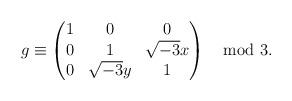
LaTeX: \begin{align*}g \equiv \begin{pmatrix}1 & 0 & 0 \\ 0 & 1 & \sqrt{-3} x\\ 0 & \sqrt{-3} y & 1\end{pmatrix}\mod 3.\end{align*}